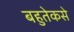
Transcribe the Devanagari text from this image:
बहुतेकसे